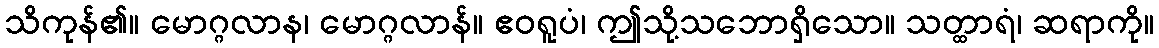
သိကုန်၏။ မောဂ္ဂလာန၊ မောဂ္ဂလာန်။ ဧဝရူပံ၊ ဤသို့သဘောရှိသော။ သတ္ထာရံ၊ ဆရာကို။